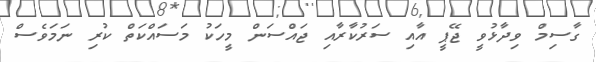
ގާސިމް ވިދާޅުވީ ޖޭޕީ އާއި ސަރުކާރާއި ޖައްސަން މީހަކު މަސައްކަތް ކުރި ނަމަވެސް